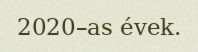
2020–as évek.